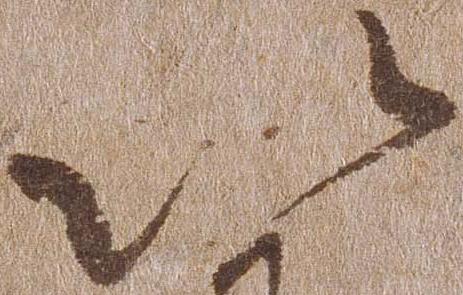
以